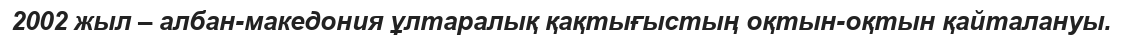
2002 жыл – албан-македония ұлтаралық қақтығыстың оқтын-оқтын қайталануы.